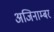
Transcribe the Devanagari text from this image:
अजिनाम्बर